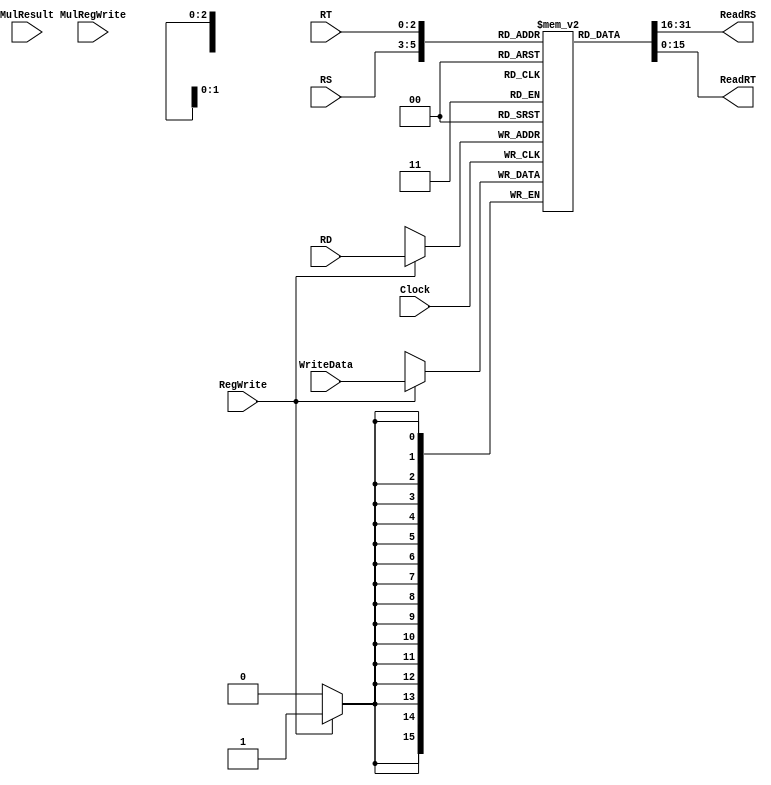
`timescale 1ns / 1ps
//////////////////////////////////////////////////////////////////////////////////
// Company: 
// Engineer: 
// 
// Design Name: 
// Module Name: RegisterFile
// Project Name: 
// Target Devices: 
// Tool Versions: 
// Description: 
// 
// Dependencies: 
// 
// Revision:
// Revision 0.01 - File Created
// Additional Comments:
// 
//////////////////////////////////////////////////////////////////////////////////


module RegisterFile(
input[2:0] RS,
input[2:0] RT,
input[2:0] RD,
input[15:0] WriteData,
output [15:0] ReadRS,
output [15:0] ReadRT,
input RegWrite,
input MulRegWrite,
input[31:0] MulResult,
input Clock);


reg[15:0] Registers[7:0];
reg[31:0] MULREG;
integer i;

initial
begin
    for(i = 0; i < 8; i = i + 1) begin
       Registers[i] = 16'd0; 
    end
    MULREG = 32'd0;
end

always @ (posedge Clock)
begin
if(RegWrite) Registers[RD] <= WriteData;
end

assign ReadRS = Registers[RS];
assign ReadRT = Registers[RT];

endmodule